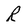
Character: R